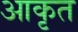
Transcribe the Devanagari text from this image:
आकृत